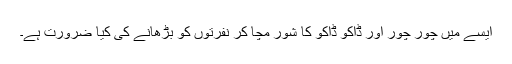
ایسے میں چور چور اور ڈاکو ڈاکو کا شور مچا کر نفرتوں کو بڑھانے کی کیا ضرورت ہے۔